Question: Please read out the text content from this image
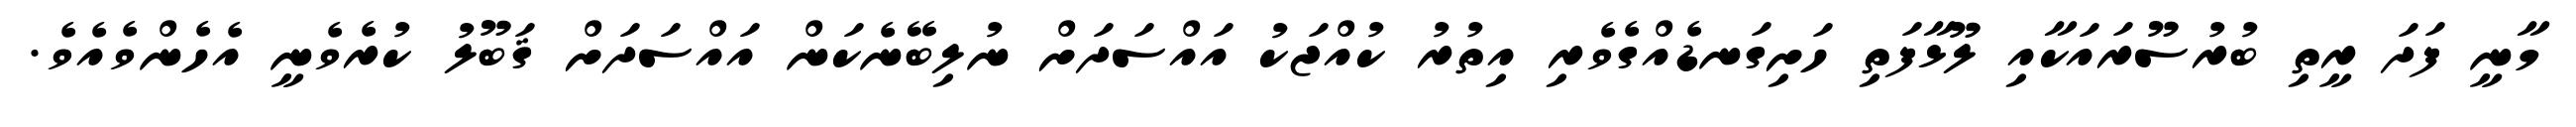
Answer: މާނީ ފަދަ ރީތި ބުރުސޫރައަކާއި ލޫޅާފަތި ހަށިގަނޑެއްގެވެރި އިތުރު ކުއްޖަކު އައްސަދަށް ނުލިބޭނެކަން އައްސަދަށް ޤަބޫލު ކުރެވެނީ އެހެންވެއެވެ.